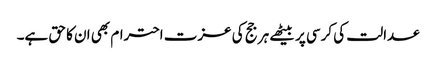
عدالت کی کرسی پر بیٹھے ہر جج کی عزت احترام بھی ان کا حق ہے۔